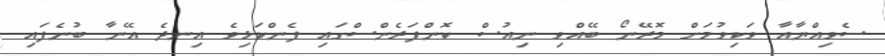
ސެވިއްޔާއާ ވަކިވުމަށް މޮރޭނޯ ބޭއްވި ނިއުސް ކޮންފަރެންސްގައި ފެންކަޅިވެ އިނދެ އޭނާ ބުނެފައި